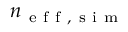
n _ { \mathrm { ~ e ~ f ~ f ~ , ~ s ~ i ~ m ~ } }